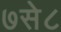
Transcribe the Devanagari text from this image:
७से८